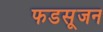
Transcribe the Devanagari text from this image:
फडसूजन